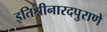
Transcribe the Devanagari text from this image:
इतिश्रीनारदपुराणे